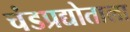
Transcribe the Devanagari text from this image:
चंडप्रद्योताला